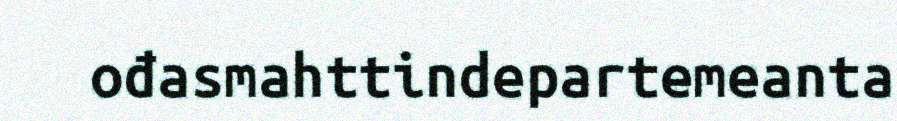
ođasmahttindepartemeanta